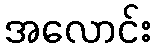
အလောင်း